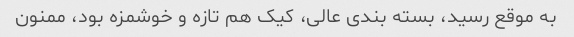
به موقع رسید، بسته بندی عالی، کیک هم تازه و خوشمزه بود، ممنون